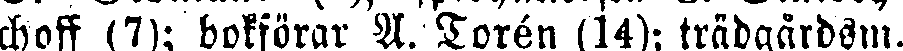
choff (7); bokförar A. Torén (14); trädgårdsm.